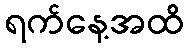
ရက်နေ့အထိ